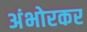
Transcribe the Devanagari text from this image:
अंभोरकर